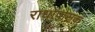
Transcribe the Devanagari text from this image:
राधोपासक